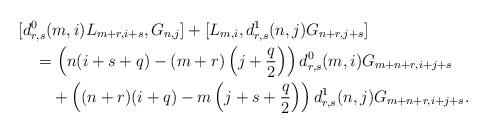
LaTeX: \begin{align*}&[d^0_{r,s}(m,i)L_{m+r,i+s},G_{n,j}]+[L_{m,i},d^1_{r,s}(n,j)G_{n+r,j+s}]\\&\quad=\left(n(i+s+q)-(m+r)\left(j+\frac q2\right)\right)d^0_{r,s}(m,i)G_{m+n+r,i+j+s}\\&\quad\quad+\left((n+r)(i+q)-m\left(j+s+\frac q2\right)\right)d^1_{r,s}(n,j)G_{m+n+r,i+j+s}.\end{align*}